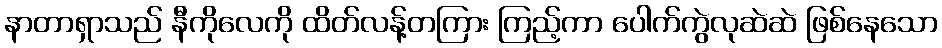
နာတာရှာသည် နီကိုလေကို ထိတ်လန့်တကြား ကြည့်ကာ ပေါက်ကွဲလုဆဲဆဲ ဖြစ်နေသော